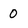
Character: O